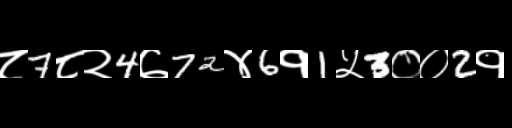
Text: ८7८२4७72४6१1५3००2१